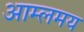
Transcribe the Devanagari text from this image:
आम्लमय